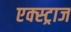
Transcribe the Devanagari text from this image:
एक्स्ट्राज